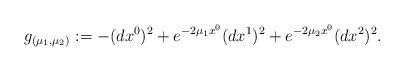
LaTeX: \begin{align*}g_{(\mu_1,\mu_2)}:=-(dx^{0})^{2}+e^{-2\mu_1x^0}(dx^{1})^{2}+e^{-2\mu_2x^0}(dx^{2})^{2}.\end{align*}